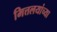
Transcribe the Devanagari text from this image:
मित्तलयांच्या